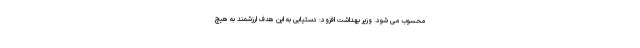
محسوب می شود. وزیر بهداشت افزود: دستیابی به این هدف ارزشمند به هیچ